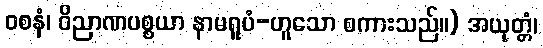
ဝစနံ၊ ဝိညာဏပစ္စယာ နာမရူပံ-ဟူသော စကားသည်။) အယုတ္တံ၊